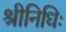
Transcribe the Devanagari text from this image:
श्रीनिधिः